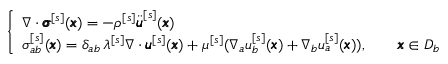
\left\{ \begin{array} { l l } { \nabla \cdot { \pmb \sigma } ^ { [ s ] } ( { \pmb x } ) = - \rho ^ { [ s ] } \ddot { \pmb u } ^ { [ s ] } ( { \pmb x } ) } \\ { { \sigma } _ { a b } ^ { [ s ] } ( { \pmb x } ) = \delta _ { a b } \, \lambda ^ { [ s ] } \nabla \cdot { \pmb u } ^ { [ s ] } ( { \pmb x } ) + \mu ^ { [ s ] } ( \nabla _ { a } u _ { b } ^ { [ s ] } ( { \pmb x } ) + \nabla _ { b } u _ { a } ^ { [ s ] } ( { \pmb x } ) ) , \qquad { \pmb x } \in D _ { b } } \end{array} \right.